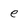
Character: e